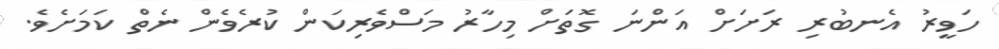
ހަވީރު އެނބުރި ރަށަށް އަންނަ ގޮތަށް މިހާރު މަސްވެރިކަން ކުރެވެން ނެތް ކަމަށެވެ.